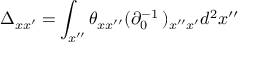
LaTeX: \Delta _ { x x ^ { \prime } } = \int _ { x ^ { \prime \prime } } \theta _ { x x ^ { \prime \prime } } ( \partial _ { 0 } ^ { - 1 } \, ) _ { x ^ { \prime \prime } x ^ { \prime } } d ^ { 2 } x ^ { \prime \prime }